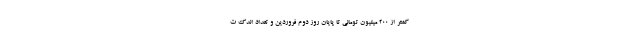
کمتر از ۲۰۰ میلیون تومانی تا پایان روز دوم فروردین و تعداد اندک ت